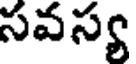
సవస్య